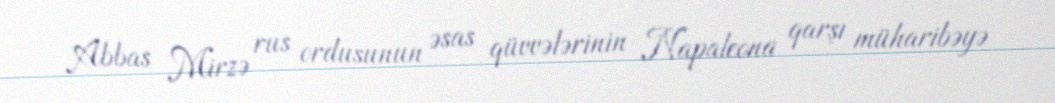
Abbas Mirzə rus ordusunun əsas qüvvələrinin Napaleona qarşı müharibəyə